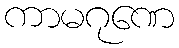
ကာမဂုဏေ